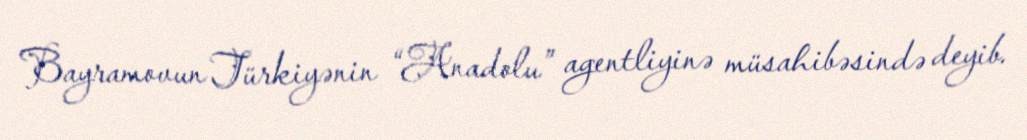
Bayramovun Türkiyənin “Anadolu” agentliyinə müsahibəsində deyib.